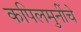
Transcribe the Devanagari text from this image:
कपिलमुनींचे